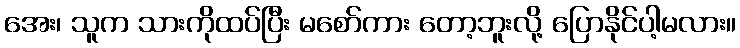
အေး၊ သူက သားကိုထပ်ပြီး မစော်ကား တော့ဘူးလို့ ပြောနိုင်ပါ့မလား။